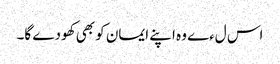
اس لءے وہ اپنے ایمان کو بھی کھودے گا۔